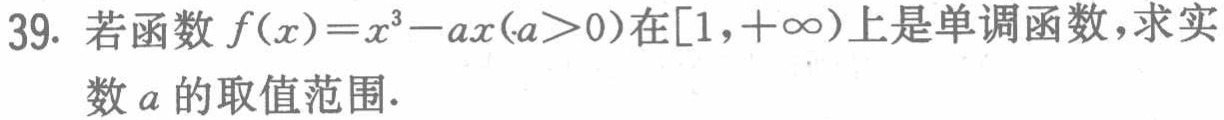
39. 若函数$f(x)=x^{3}-ax(a > 0)$在$[1,+\infty)$上是单调函数，求实数$a$的取值范围.